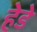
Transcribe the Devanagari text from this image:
हेडे